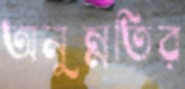
অনুন্নতির